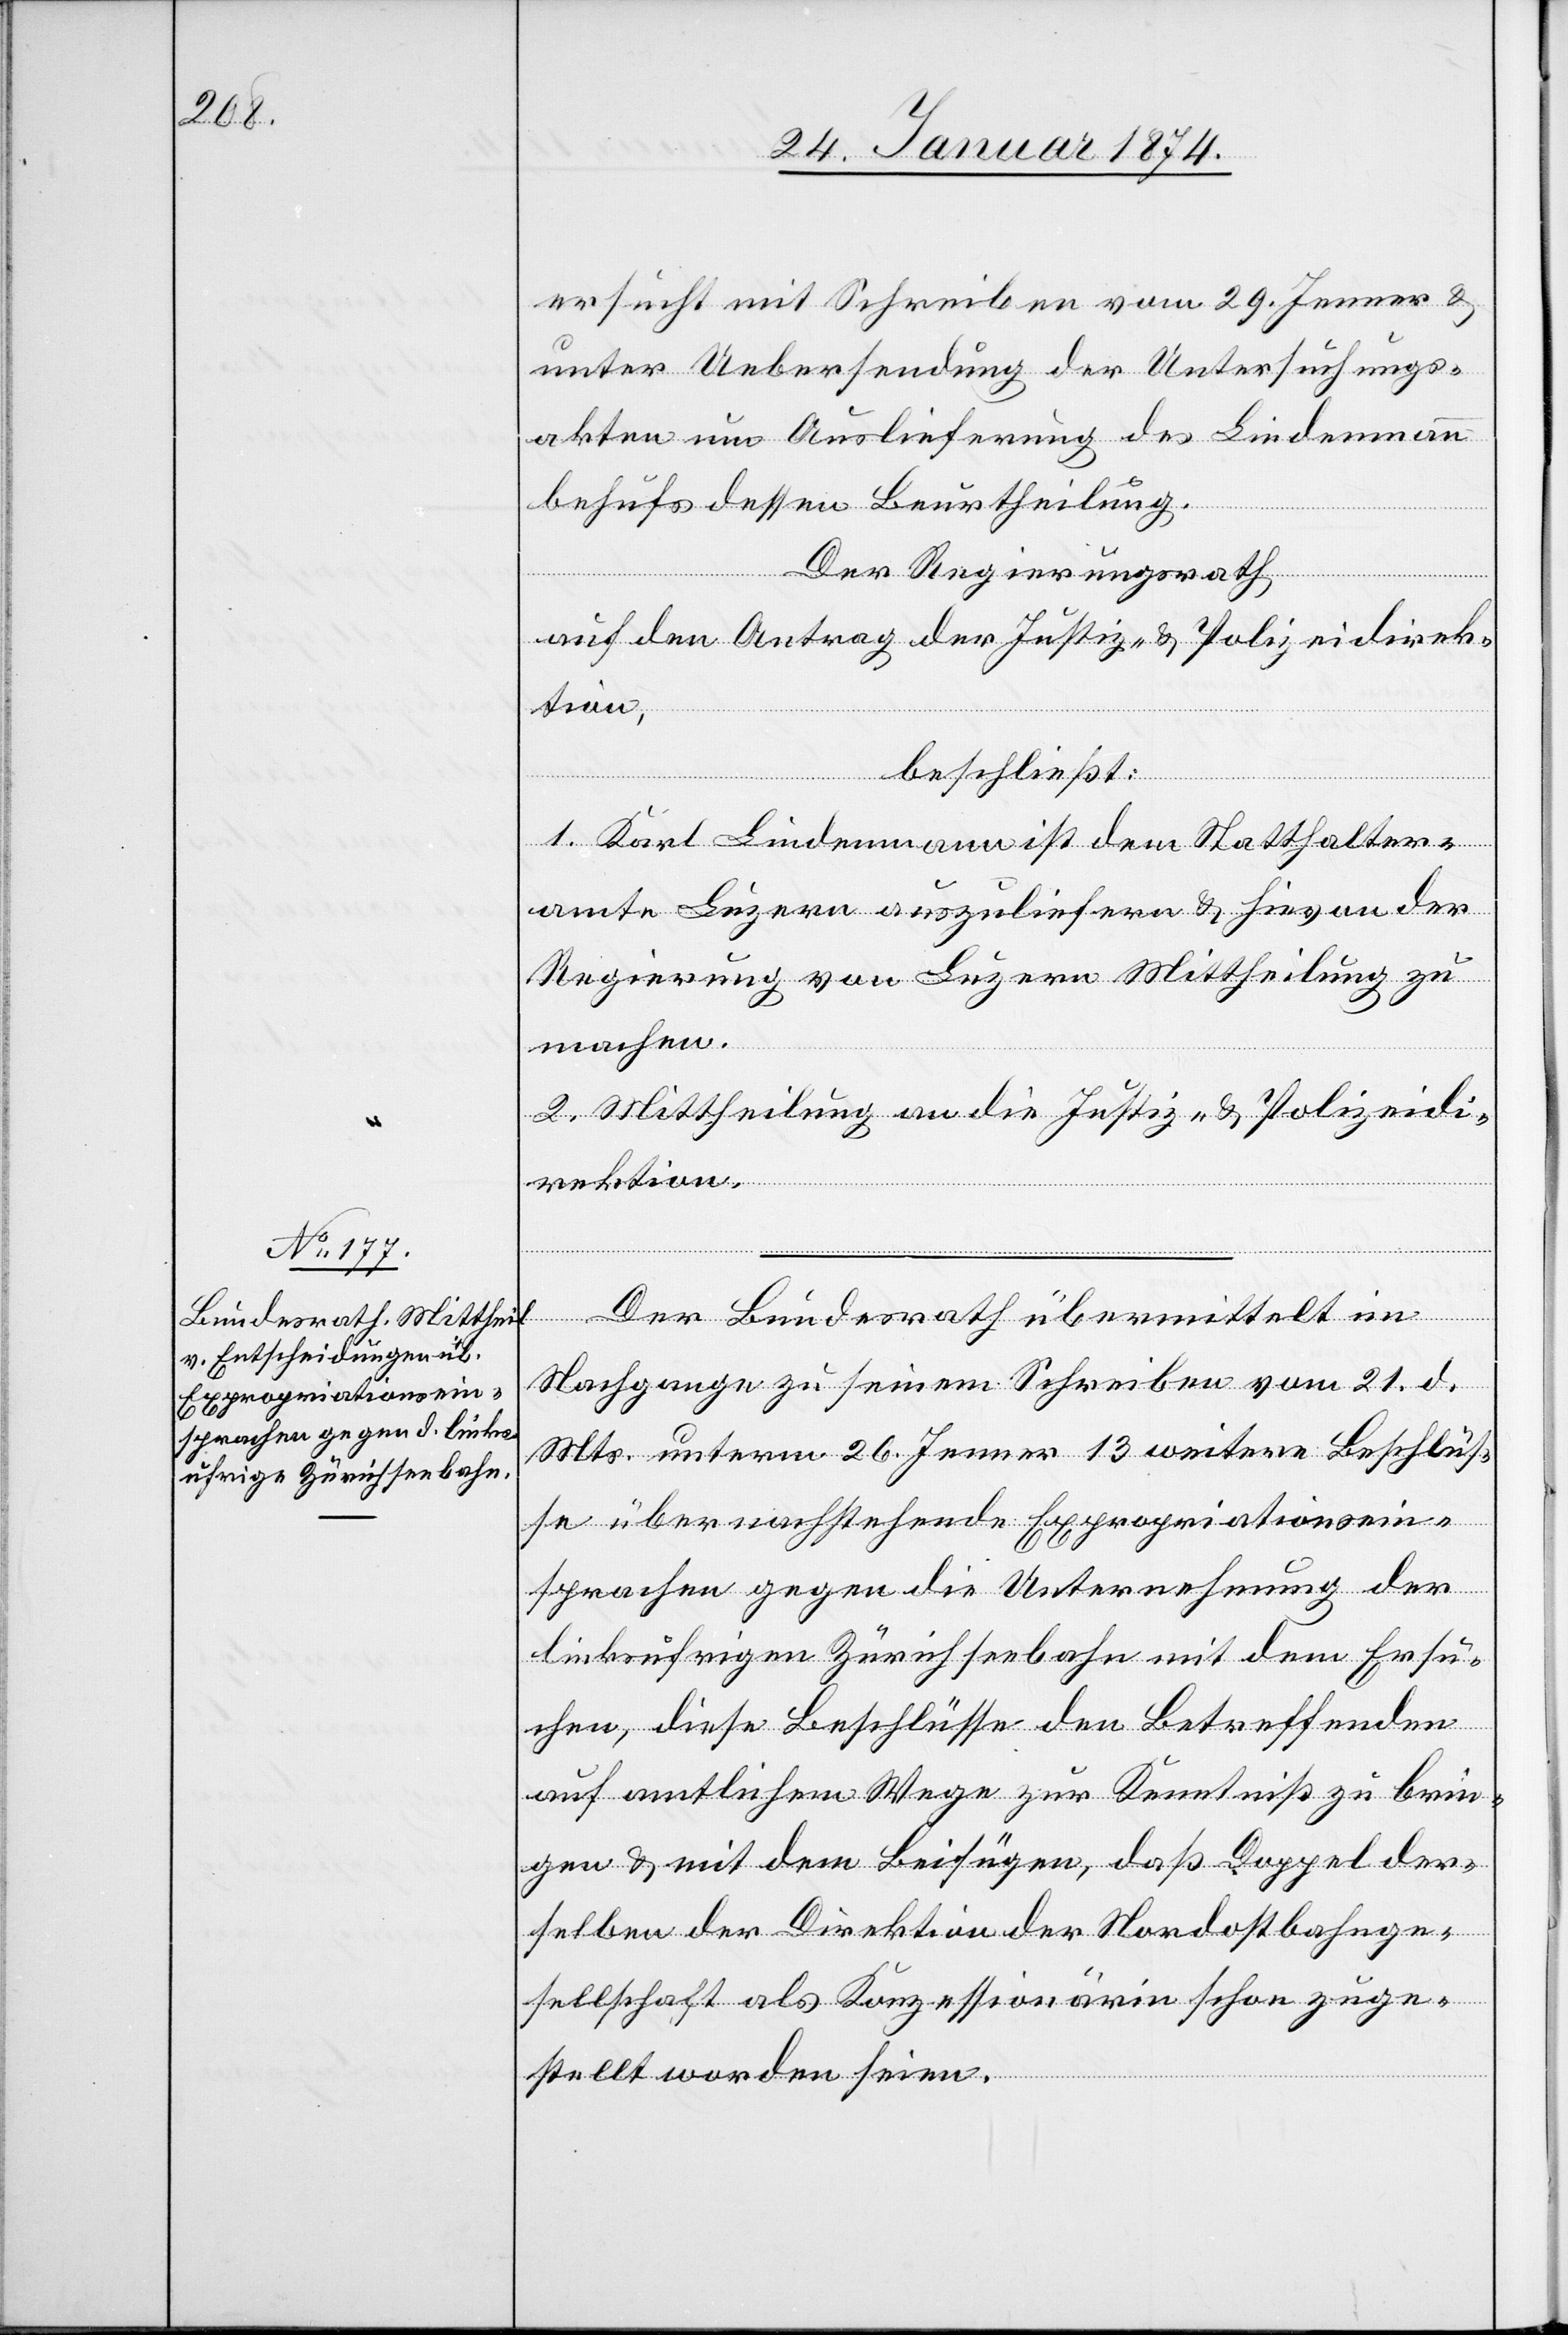
30. Januar 1874.]
ersucht mit Schreiben vom 29. Jenner &
unter Uebersendung der Untersuchungs¬
akten um Auslieferung des Lindenmann
behufs dessen Beurtheilung.
Der Regierungsrath
auf den Antrag der Justiz- & Polizeidirek¬
tion,
beschließt:
1. Karl Lindenmann ist dem Statthalter¬
amte Luzern auszuliefern & hievon der
Regierung von Luzern Mittheilung zu
machen.
2. Mittheilung an die Justiz- & Polizeidi¬
rektion.
Der Bundesrath übermittelt im
Nachgange zu seinem Schreiben vom 21. d.
Mts. unterm 26. Jenner 13 weitere Beschlüs¬
se über nachstehende Expropriationsein¬
sprachen gegen die Unternehmung der
linksufrigen Zürichseebahn mit dem Ersu¬
chen, diese Beschlüsse den Betreffenden
auf amtlichem Wege zur Kenntniß zu brin¬
gen & mit dem Beifügen, daß Doppel der¬
selben der Direktion der Nordostbahnge¬
sellschaft als Konzessionärin schon zuge¬
stellt worden seien.